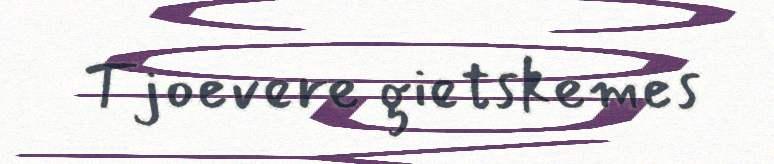
Tjoevere gietskemes